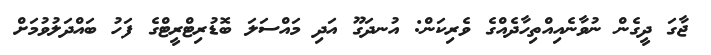
ޖާގަ ދީގެން ނުވާނެއިއްތިހާދެއްގެ ވެރިކަން: އުނދަގޫ އަދި މައްސަލަ ބޮޑުރިޓްރީޓްގެ ފަހު ބައްދަލުވުމަށް